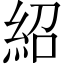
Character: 紹